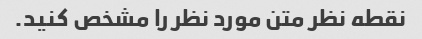
نقطه نظر متن مورد نظر را مشخص کنید.